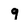
Character: 9